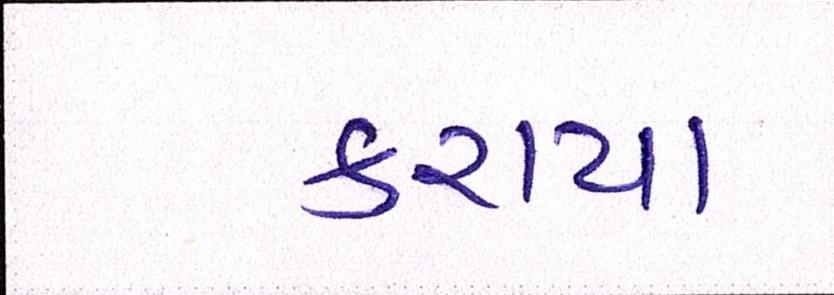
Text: કરાયા